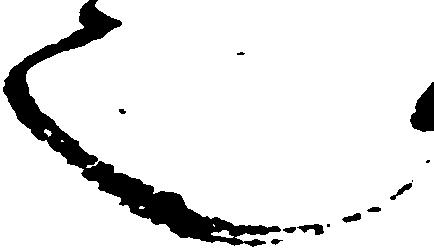
也